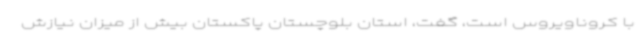
با کروناویروس است، گفت، استان بلوچستان پاکستان بیش از میزان نیازش